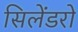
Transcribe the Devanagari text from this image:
सिलेंडरो